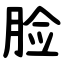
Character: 脸